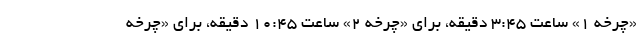
«چرخه ۱» ساعت ۳:۴۵ دقیقه، برای «چرخه ۲» ساعت ۱۰:۴۵ دقیقه، برای «چرخه